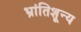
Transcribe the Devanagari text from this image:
भ्रांतिशून्य